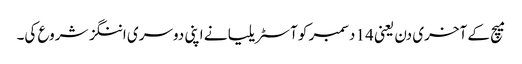
میچ کے آخری دن یعنی 14 دسمبر کو آسٹریلیا نے اپنی دوسری اننگز شروع کی۔